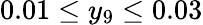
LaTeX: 0.01\leq y_{9}\leq 0.03